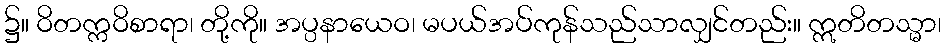
၌။ ဝိတက္ကဝိစာရာ၊ တို့ကို။ အပ္ပနာယေဝ၊ မပယ်အပ်ကုန်သည်သာလျှင်တည်း။ ဣတိတသ္မာ၊